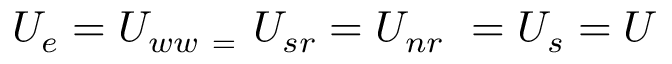
\begin{array} { r } { U _ { e } = U _ { w w \ = \ } U _ { s r } = U _ { n r \ } = U _ { s } = U } \end{array}